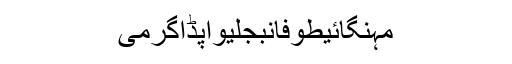
مہنگائیطوفانبجلیواپڈاگرمی